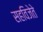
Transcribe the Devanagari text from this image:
सहविजेते